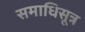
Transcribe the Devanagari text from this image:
समाधिसूत्र